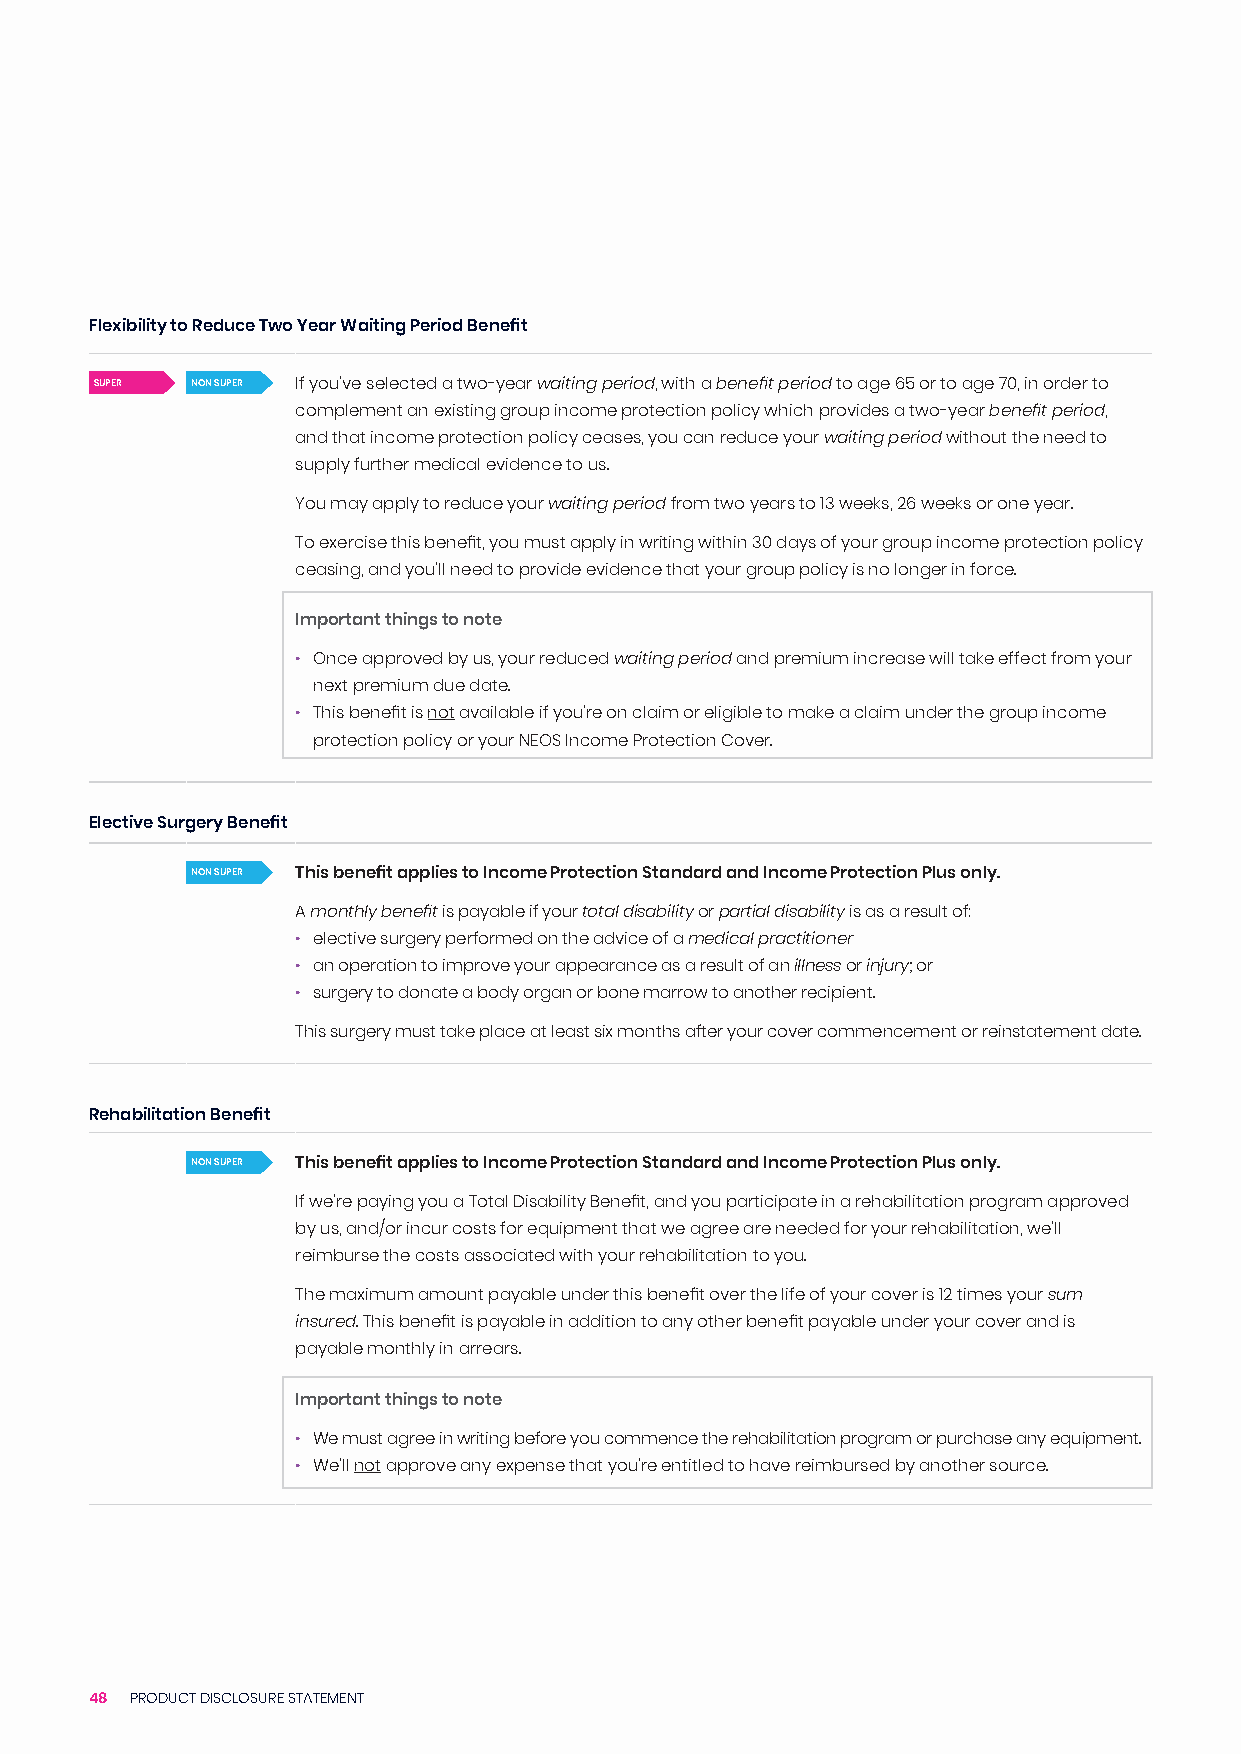
Flexibility to Reduce Two Year Waiting Period Benefit
 SUPER  NON SUPER If you’ve selected a two-year waiting period, with a benefit period to age 65 or to age 70, in order to
 complement an existing group income protection policy which provides a two-year benefit period,
 and that income protection policy ceases, you can reduce your waiting period without the need to
 supply further medical evidence to us.
 You may apply to reduce your waiting period from two years to 13 weeks, 26 weeks or one year.
 To exercise this benefit, you must apply in writing within 30 days of your group income protection policy
 ceasing, and you’ll need to provide evidence that your group policy is no longer in force.
 Important things to note
 • Once approved by us, your reduced waiting period and premium increase will take effect from your
 next premium due date.
 • This benefit is not available if you’re on claim or eligible to make a claim under the group income
 protection policy or your NEOS Income Protection Cover.
 Elective Surgery Benefit
 NON SUPER This benefit applies to Income Protection Standard and Income Protection Plus only.
 A monthly benefit is payable if your total disability or partial disability is as a result of:
 • elective surgery performed on the advice of a medical practitioner
 • an operation to improve your appearance as a result of an illness or injury; or
 • surgery to donate a body organ or bone marrow to another recipient.
 This surgery must take place at least six months after your cover commencement or reinstatement date.
 Rehabilitation Benefit
 NON SUPER This benefit applies to Income Protection Standard and Income Protection Plus only.
 If we’re paying you a Total Disability Benefit, and you participate in a rehabilitation program approved
 by us, and/or incur costs for equipment that we agree are needed for your rehabilitation, we’ll
 reimburse the costs associated with your rehabilitation to you.
 The maximum amount payable under this benefit over the life of your cover is 12 times your sum
 insured. This benefit is payable in addition to any other benefit payable under your cover and is
 payable monthly in arrears.
 Important things to note
 • We must agree in writing before you commence the rehabilitation program or purchase any equipment.
 • We’ll not approve any expense that you’re entitled to have reimbursed by another source.
 48 PRODUCT DISCLOSURE STATEMENT